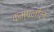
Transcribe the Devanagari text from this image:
कम्पनील